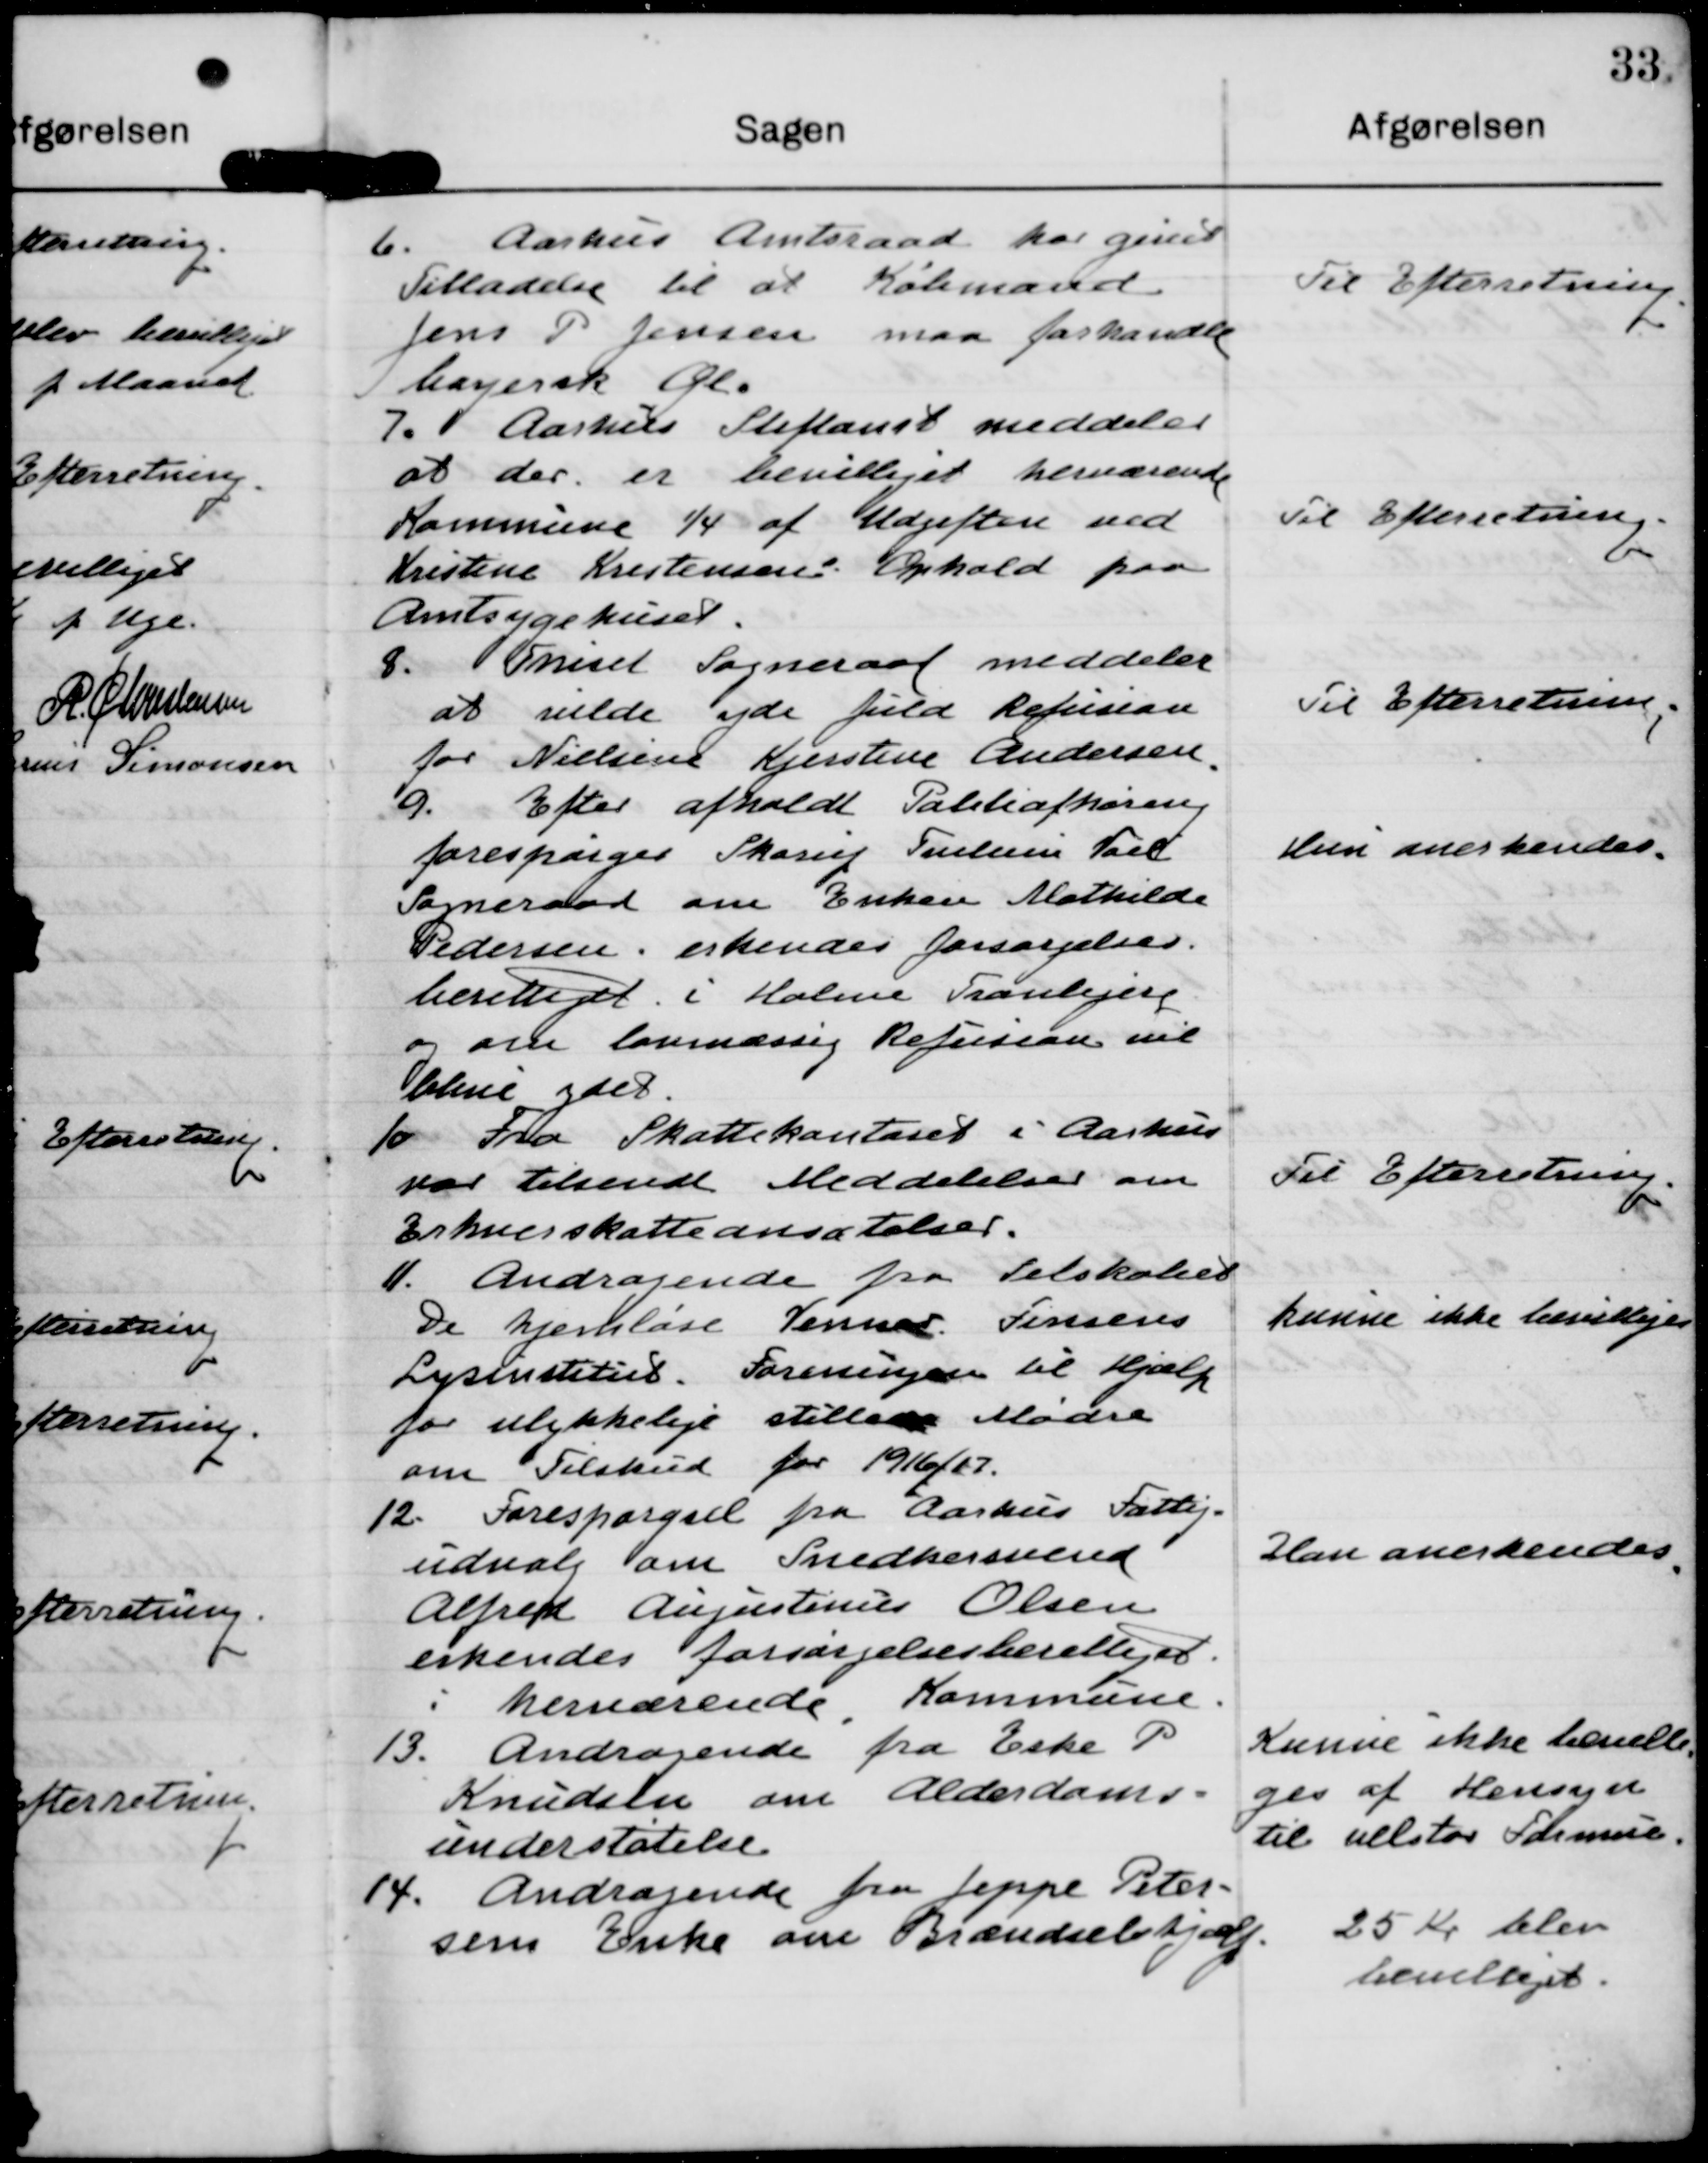
Transskription:
b. Aarhus Amtsraad har gines
Tilladelse til at Købmand
Jens P Jensen maa foshandle
lanerik Gl.

Til Efterretning

7. Aarhus Stiftamt meddeler
at der er bevilliget herværende
Kommune 1/4 af Udgiften med
Kristine Kristensens Ophold paa
Amtsygehuset.

Til Efterretning.

8. Onisel Sogneraad meddeler
at velde yde fuld Refusion
for Nielsen Kjerstine Andersen

Til Efterretning

9. Efter afholdt Politiafhøring
forespørges Thorup Poulsen Taed
Soneraad om Enken Matkilde
Pedersen, erkendes forsørgelses.
berettiget. i Holme Tranlejere
og om lovmæssig Refusion vil
bleve ydet.

kun anerkendes

10 Fra Skattekontoret i Aarhus
var Tilsendt Meddelelser om
Erhverskatteansætelser.

Til Efterretning

1. Andragende fra Selskaber
De hjemløse Venner. Lisisens
Lysinstetut. Foreningen til Hjælp
for uliykkeligt stillads Mødre
om Tilskud for 1916/67.

kunne ikke lævetlige

12. Forespørgsel fra Aarhus Fattig-
udvalg om Snedkermend
Alfred Augustines Olsen
erkendes forsørgelsesberettiget.
i hernærende Kommune.

Han anerkendes

13. Andragende fra Eske P
Knudeler om Alderdoms-
understøtelse

Kunne ikke benælle
ges af Hensagn
til alletor Farmue.

4. Andragende fra Jeppe Peter-
som Enke om Brændselshjælp.

25 Kr blev
hemlæget.